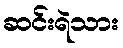
ဆင်းရဲသား